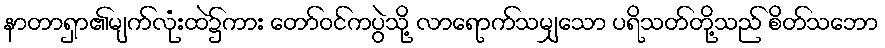
နာတာရှာ၏မျက်လုံးထဲ၌ကား တော်ဝင်ကပွဲသို့ လာရောက်သမျှသော ပရိသတ်တို့သည် စိတ်သဘော